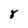
Character: 8